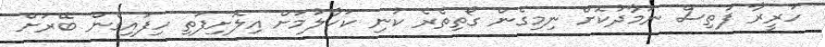
ހަރީރާ ފަތިސް ނަމާދުކޮށް ނިމިގެން ގޯތިތެރެ ކުނި ކަހާލުމަށް އިލޮށިފަތި ހިފައިގެން ބޭރަށް